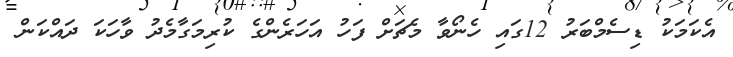
އެކަމަކު ޑިސެމްބަރު 12ގައި ހެނޯވާ މެޗަށް ފަހު އަހަރެންގެ ކުރިމަގާމެދު ވާހަކަ ދައްކަން